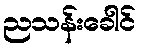
ညသန်းခေါင်